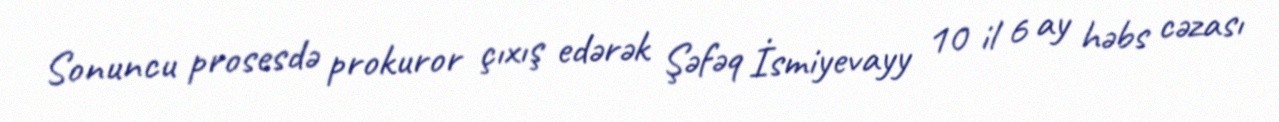
Sonuncu prosesdə prokuror çıxış edərək Şəfəq İsmiyevayy 10 il 6 ay həbs cəzası